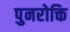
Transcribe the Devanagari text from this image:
पुनरोक्ति